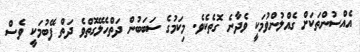
އެއްސުންތަކަށް ގެއްލުންވުމަކީ ވެދާނެ ގޮތެކެވެ. މިކަމުގެ ސަބަބުން ދަތްހެލޭގޮތްވެ ދަތް ފޭބުމަކީ ވެސް